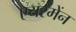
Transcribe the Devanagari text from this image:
एयरमेंन